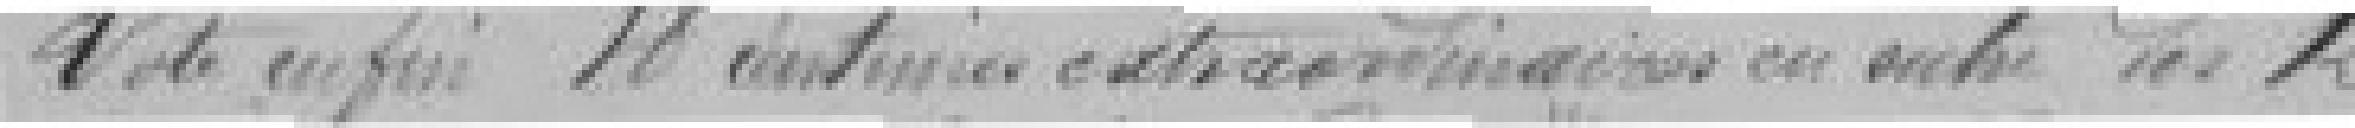
Vote enfin 18 centaines extraordinaires en outre des 12